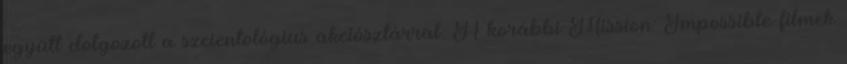
együtt dolgozott a szcientológius akciósztárral. A korábbi Mission: Impossible-filmek